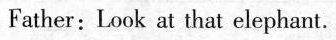
Father: Look at that elephant.